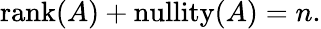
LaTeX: \operatorname{rank}(A)+\operatorname{nullity}(A)=n.